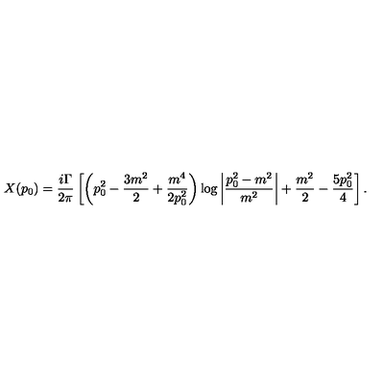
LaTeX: X ( p _ { 0 } ) = \frac { i \Gamma } { 2 \pi } \left[ \left( p _ { 0 } ^ { 2 } - \frac { 3 m ^ { 2 } } { 2 } + \frac { m ^ { 4 } } { 2 p _ { 0 } ^ { 2 } } \right) \log \left| \frac { p _ { 0 } ^ { 2 } - m ^ { 2 } } { m ^ { 2 } } \right| + \frac { m ^ { 2 } } { 2 } - \frac { 5 p _ { 0 } ^ { 2 } } { 4 } \right] .